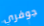
جوفري